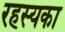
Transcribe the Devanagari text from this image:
रहस्यका